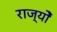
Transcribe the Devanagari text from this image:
राज्योें